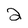
Character: 2